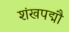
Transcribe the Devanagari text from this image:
शंखपद्मौ